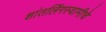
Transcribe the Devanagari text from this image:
शांतलिंगस्वामीचे